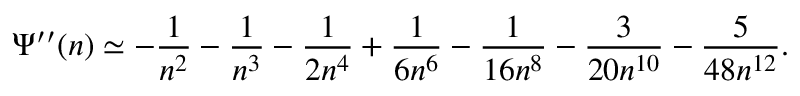
\Psi ^ { \prime \prime } ( n ) \simeq - \frac { 1 } { n ^ { 2 } } - \frac { 1 } { n ^ { 3 } } - \frac { 1 } { 2 n ^ { 4 } } + \frac { 1 } { 6 n ^ { 6 } } - \frac { 1 } { 1 6 n ^ { 8 } } - \frac { 3 } { 2 0 n ^ { 1 0 } } - \frac { 5 } { 4 8 n ^ { 1 2 } } .